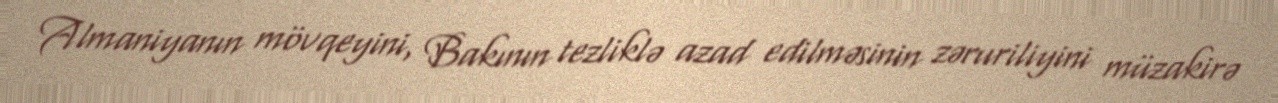
Almaniyanın mövqeyini, Bakının tezliklə azad edilməsinin zəruriliyini müzakirə